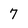
Character: 7